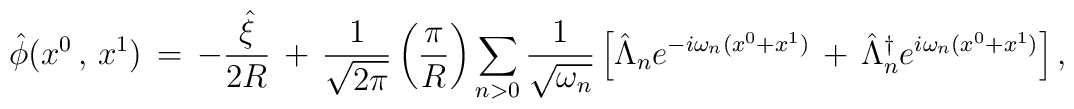
\hat{\phi}(x^{0}\,,\,x^{1})\,=\, - \frac{\hat{\xi}}{2R}\,+\,\frac{1}{\sqrt{2\pi}}\left( \frac{\pi}{R} \right) \sum_{n > 0} \frac{1}{\sqrt{\omega _n}}\left[ \hat{\Lambda}_{n}e^{-i\omega _n (x^0 + x^{1})}\,+\,\hat{\Lambda}_{n} ^{\dagger} e^{i\omega_n(x^0+x^{1}) } \right],